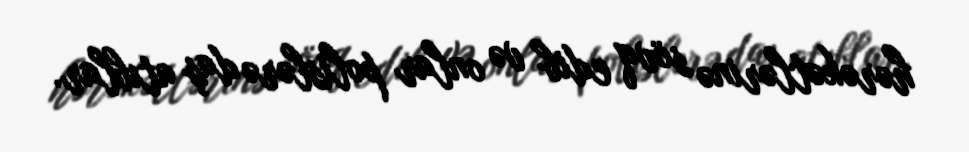
hərəkətlərinə sövq edib və onlar polislərə daş atıblar.